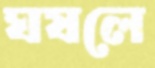
ঘষলে